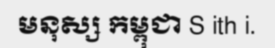
មនុស្ស កម្ពុជា S ith i.